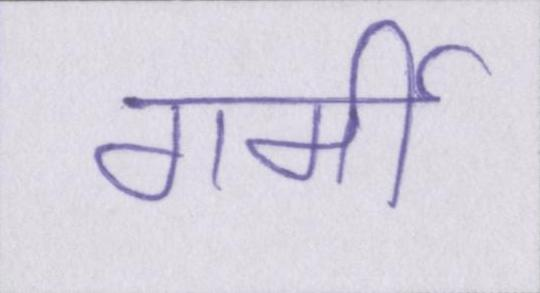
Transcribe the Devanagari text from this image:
गर्मी